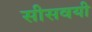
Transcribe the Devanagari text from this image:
सीसवयी